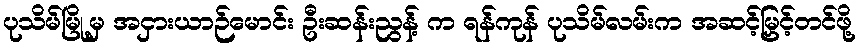
ပုသိမ်မြို့မှ အငှားယာဉ်မောင်း ဦးဆန်းညွန့် က ရန်ကုန် ပုသိမ်လမ်းက အဆင့်မြှင့်တင်ဖို့